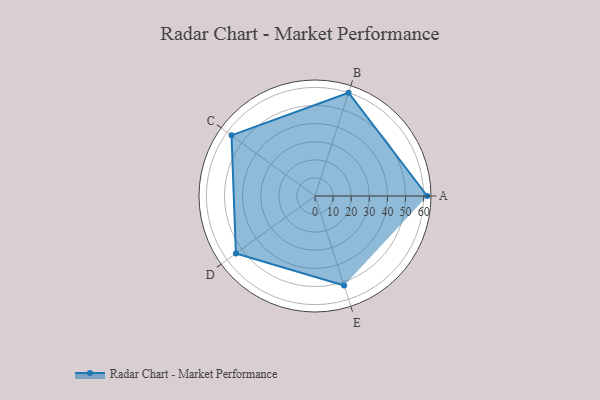
{"axis": {"x": "Skill", "y": "Score"}, "legend": ["Profile"], "data": [{"x": "A", "y": 62.0, "type": "Profile"}, {"x": "B", "y": 60.0, "type": "Profile"}, {"x": "C", "y": 57.0, "type": "Profile"}, {"x": "D", "y": 54.0, "type": "Profile"}, {"x": "E", "y": 52.0, "type": "Profile"}]}